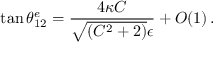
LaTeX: \tan \theta _ { 1 2 } ^ { e } = \frac { 4 \kappa C } { \sqrt { ( C ^ { 2 } + 2 ) } \epsilon } + O ( 1 ) \, .